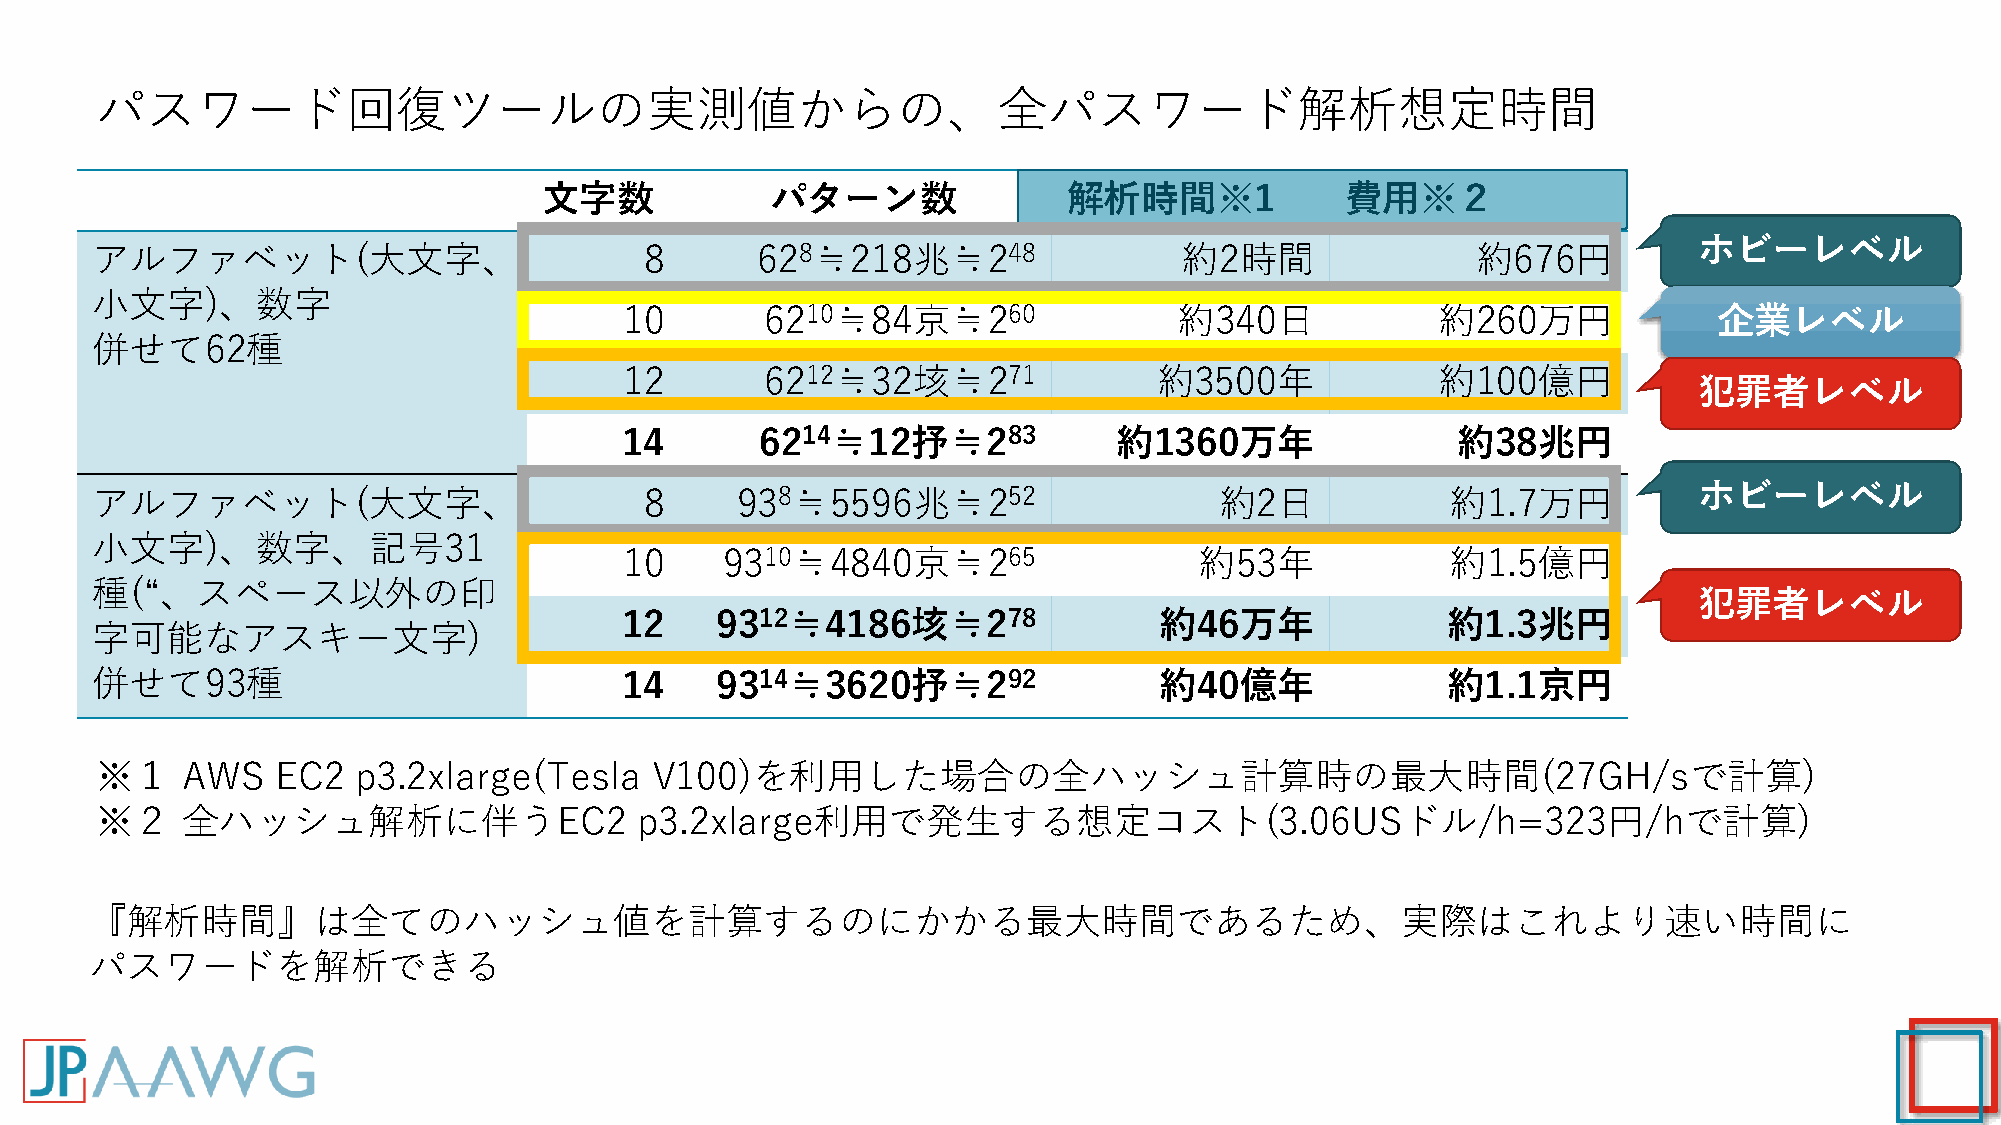
パスワード回復ツールの実測値からの、全パスワード解析想定時間
 文字数            パターン数               解析時間※1            費用※２
 ホビーレベル
 アルファベット(大文字、                         8      628≒218兆≒248                約2時間                約676円
 小文字)、数字
 10        6210≒84京≒260               約340日            約260万円             企業レベル
 併せて62種
 12        6212≒32垓≒271              約3500年            約100億円
 犯罪者レベル
 14       6214≒12抒≒283            約1360万年               約38兆円
 ホビーレベル
 アルファベット(大文字、                         8     938≒5596兆≒252                   約2日            約1.7万円
 小文字)、数字、記号31
 10     9310≒4840京≒265                 約53年             約1.5億円
 種(“、スペース以外の印
 犯罪者レベル
 12    9312≒4186垓≒278                約46万年              約1.3兆円
 字可能なアスキー文字)
 併せて93種                             14    9314≒3620抒≒292                約40億年              約1.1京円
 ※１    AWS   EC2  p3.2xlarge(Tesla    V100)を利用した場合の全ハッシュ計算時の最大時間(27GH/sで計算)
 ※２    全ハッシュ解析に伴うEC2                 p3.2xlarge利用で発生する想定コスト(3.06USドル/h=323円/hで計算)
 『解析時間』は全てのハッシュ値を計算するのにかかる最大時間であるため、実際はこれより速い時間に
 パスワードを解析できる